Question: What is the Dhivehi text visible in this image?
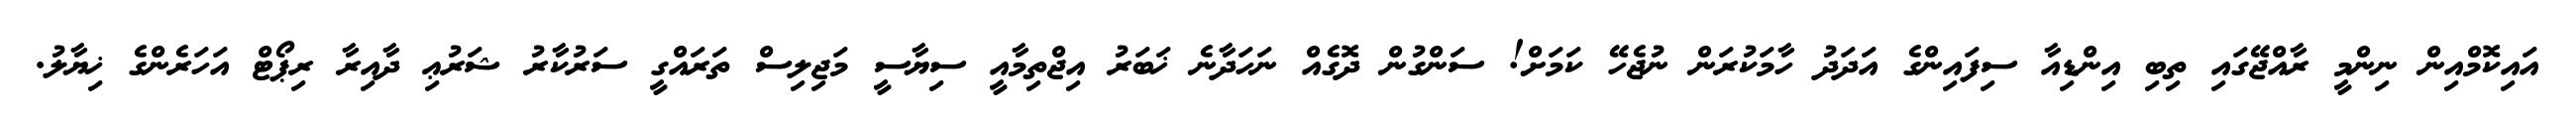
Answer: އައިކޮމްއިން ނިންމީ ރާއްޖޭގައި ތިބި އިންޑިއާ ސިފައިންގެ އަދަދު ހާމަކުރަން ނުޖެހޭ ކަމަށް! ސަންގުން ދޮގެއް ނަހަދާނެ ޚަބަރު އިޖްތިމާއީ ސިޔާސީ މަޖިލިސް ތަރައްގީ ސަރުކާރު ޝަރުޢި ދާއިރާ ރިޕޯޓް އަހަރެންގެ ޚިޔާލު.